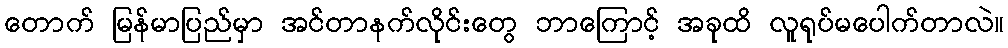
တောက် မြန်မာပြည်မှာ အင်တာနက်လိုင်းတွေ ဘာကြောင့် အခုထိ လူရုပ်မပေါက်တာလဲ။